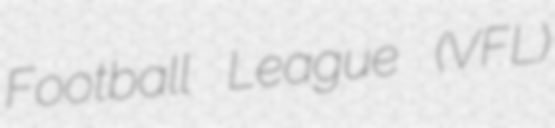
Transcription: Football League (VFL)